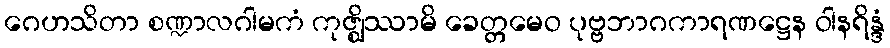
ဂေဟသိတာ စဏ္ဍာလဂါမကံ ကုဇ္ဈိဿာမိ ခေတ္တမေဝ ပုဗ္ဗဘာဂကာရဏဋ္ဌေန ဝါနရိန္ဒံ